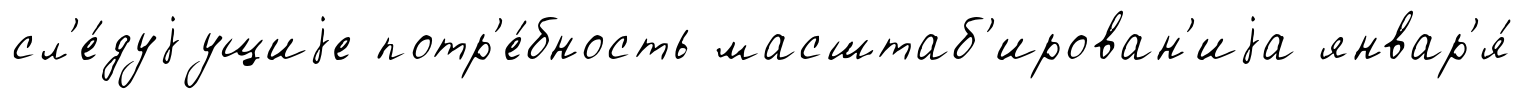
сл'е́дуjущиjе потр'е́бность масштаб'ирован'иjа январ'я́